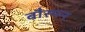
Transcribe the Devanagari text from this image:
बौस्मन